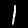
Label: 1